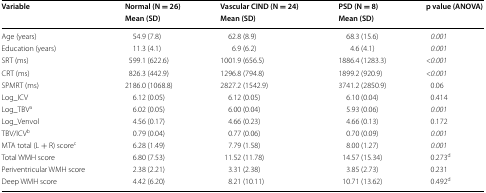
| <ROWSPAN=2> Variable | Normal (N = 26) | Vascular CIND (N = 24) | PSD (N = 8) | <ROWSPAN=2> p value (ANOVA) |
 | Mean (SD) | Mean (SD) | Mean (SD) |
 | --- | --- | --- | --- | --- |
 | Age (years) | 54.9 (7.8) | 62.8 (8.9) | 68.3 (15.6) | 0.001 |
 | Education (years) | 11.3 (4.1) | 6.9 (6.2) | 4.6 (4.1) | 0.001 |
 | SRT (ms) | 599.1 (622.6) | 1001.9 (656.5) | 1886.4 (1283.3) | <0.001 |
 | CRT (ms) | 826.3 (442.9) | 1296.8 (794.8) | 1899.2 (920.9) | <0.001 |
 | SPMRT (ms) | 2186.0 (1068.8) | 2827.2 (1542.9) | 3741.2 (2850.9) | 0.06 |
 | Log_ICV | 6.12 (0.05) | 6.12 (0.05) | 6.10 (0.04) | 0.414 |
 | Log_TBVa | 6.02 (0.05) | 6.00 (0.04) | 5.93 (0.06) | 0.001 |
 | Log_Venvol | 4.56 (0.17) | 4.66 (0.23) | 4.66 (0.13) | 0.172 |
 | TBV/ICVb | 0.79 (0.04) | 0.77 (0.06) | 0.70 (0.09) | 0.001 |
 | MTA total (L + R) scorec | 6.28 (1.49) | 7.79 (1.58) | 8.00 (1.27) | 0.001 |
 | Total WMH score | 6.80 (7.53) | 11.52 (11.78) | 14.57 (15.34) | 0.273d |
 | Periventricular WMH score | 2.38 (2.21) | 3.31 (2.38) | 3.85 (2.73) | 0.231 |
 | Deep WMH score | 4.42 (6.20) | 8.21 (10.11) | 10.71 (13.62) | 0.492d |